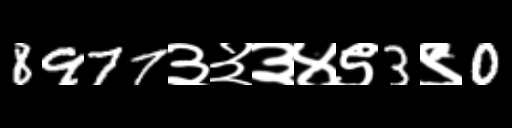
Text: 8977३३३४९3९0